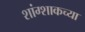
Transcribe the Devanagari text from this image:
शांग्शाकच्या